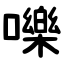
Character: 嚛